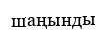
шаңынды